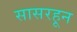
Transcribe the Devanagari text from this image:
सासरहून